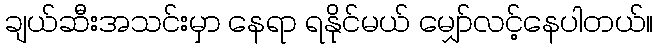
ချယ်ဆီးအသင်းမှာ နေရာ ရနိုင်မယ် မျှော်လင့်နေပါတယ်။